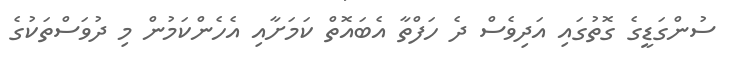
ސުންގަޑީގެ ގޮތުގައި އަދިވެސް ދެ ހަފްތާ އެބައޮތް ކަމަށާއި އެހެންކަމުން މި ދުވަސްތަކުގެ